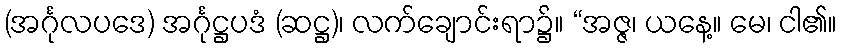
(အင်္ဂုလပဒေ) အင်္ဂုဋ္ဌပဒံ (ဆဋ္ဌ)၊ လက်ချောင်းရာ၌။ “အဇ္ဇ၊ ယနေ့။ မေ၊ ငါ၏။